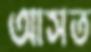
আসত